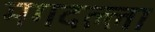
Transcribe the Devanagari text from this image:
मगदल्ला